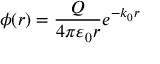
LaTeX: \phi ( r ) = { \frac { Q } { 4 \pi \varepsilon _ { 0 } r } } e ^ { - k _ { 0 } r }